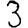
Digit: 3